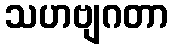
သဟဗျဂတာ